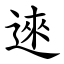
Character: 逨